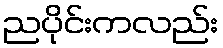
ညပိုင်းကလည်း